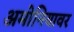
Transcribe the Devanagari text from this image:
अमोनियावर